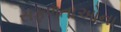
સફળતાઓના